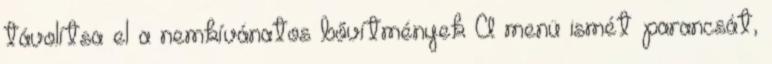
távolítsa el a nemkívánatos bővítmények A menü ismét parancsát,